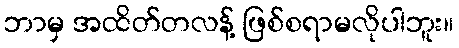
ဘာမှ အထိတ်တလန့် ဖြစ်စရာမလိုပါဘူး။